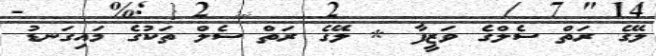
ލޭގެ ރަތް ސެލްގެ ވަޒީފާ * ލޭގެ ރަތް ސެލް ތަކުގެ މައިގަނޑު